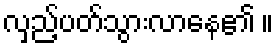
လှည့်ပတ်သွားလာနေ၏ ။